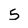
Character: 5